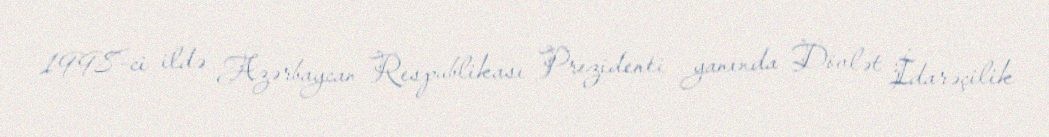
1998-ci ildə Azərbaycan Respublikası Prezidenti yanında Dövlət İdarəçilik